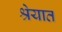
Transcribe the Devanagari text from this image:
श्रेयात